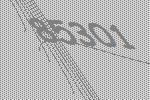
85301